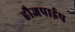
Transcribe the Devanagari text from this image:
हौजपाईप